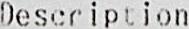
DESCRIPTION